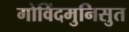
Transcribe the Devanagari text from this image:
गोविंदमुनिसुत